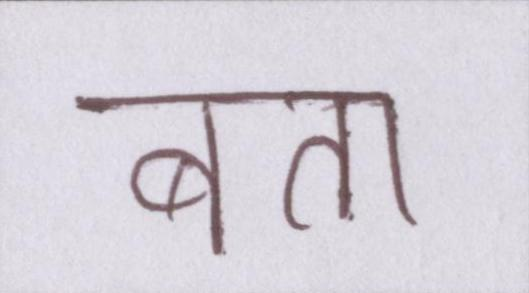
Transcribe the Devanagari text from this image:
बता